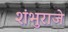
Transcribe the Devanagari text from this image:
शंभुराजे